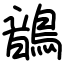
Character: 鶕